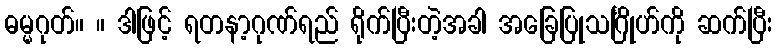
ဓမ္မဂုတ်။ ။ ဒါဖြင့် ရတနာ့ဂုဏ်ရည် ရိုက်ပြီးတဲ့အခါ အခြေပြုသင်္ဂြိုဟ်ကို ဆက်ပြီး